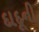
દાદૂની